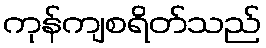
ကုန်ကျစရိတ်သည်